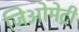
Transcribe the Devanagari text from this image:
जिअोमेट्री